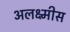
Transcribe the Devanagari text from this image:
अलक्ष्मीस